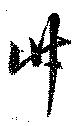
竹